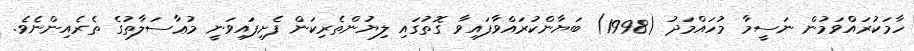
ހާމަކުރައްވަމުން ނަސީމާ މުހައްމަދު (1998) ބަޔާންކުރައްވާފައިވާ ގޮތުގައި ލިޔުންތެރިކަން ފެށިފައިވަނީ މުޢާސަލާތުގެ ތެރެއިންނެވެ.